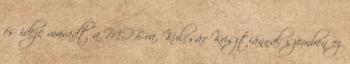
és ideje maradt a MOB-ra, Kulcsár Krisztiánnal szemben ez